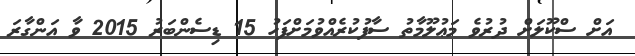
އަށް ސްކޫލަށް ދުރުވެ މަޢުލޫމާތު ސާފުކުރެއްވުމަށްފަހު 15 ޑިސެންބަރު 2015 ވާ އަންގާރަ